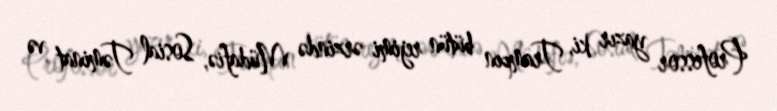
Professor yazır ki, Trampın bütün rejimi ərzində Müdafiə, Sosial Təminat və